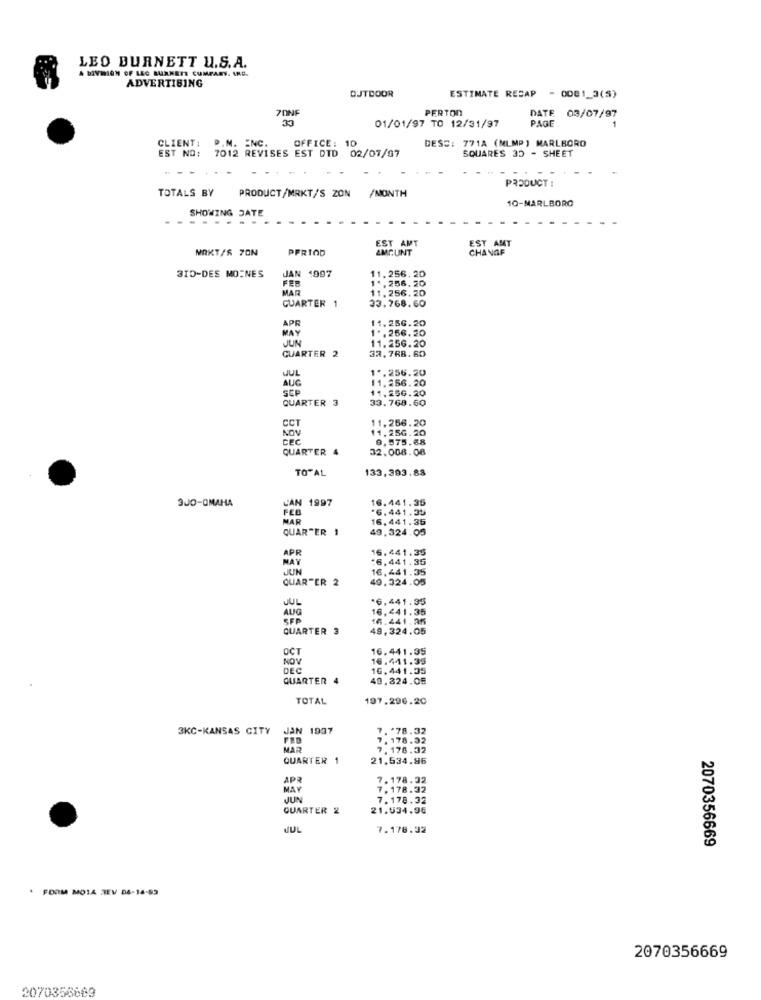
LEO BURNETT U.S.A.
A DIVISION OF LEG BURNETT CUMPARY. INC.
ADVERTISING
ESTIMATE RECAP
OUTDOOR
- 0081_3(5)
PONF
PERTON
33
01/01/97 TO 12/31/97
DATE 03/07/97
PAGE
DESS: 771A (MLMP ) MARLBORO
CLIENT: P.M. ENC.
EST NO:
7012 REVISES EST DID 02/07/97
OFFICE: 10
SQUARES 35 - SHEET
TOTALS BY
PRODUCT/MRKT/S ZON /MONTH
PRODUCT :
10-MARLBORO
SHOWING JATE
MRKT/S 7ON
PERIOD
AMOUNT
EST AMT
CHANAF
315-DES MOINES
JAN 1997
FEB
11.256.20
11.256.20
MAR
11.256.20
GUARTER 1
33.768.60
APR
11.286.20
MAY
1 .. 256.20
JUN
11.256.20
QUARTER 2
32.788. 80
JUL
1 *. 256.20
AUG
11.256.20
SEP
11.256.20
QUARTER 3
33.768.60
CCT
11,256.20
NON
11.256.20
CEC
9.575.68
QUARTER 4
32.008.08
TOTAL
133,393.83
3JO-OMAHA
L'AN 1997
16.441.35
FEB
*6.441.33
MAR
16,441.36
QUAR"ER 1
49,324.05
16.441.35
MAY
APR
:6,441.35
JUN
16,441.35
QUARTER 2
49.324.05
JUL
*6,441.35
AUG
16,441.35
SFP
16.441.25
QUARTER 3
49.324.05
16.441.35
NOV
16.411.35
DEC
16. 441.35
QUARTER 4
49.824.05
TOTAL
197.296.20
3KC-KANSAS CITY
JAN 1997
. * 78.32
. 178.32
MAR
. 178.32
QUARTER 1
21.534.96
APR
7.178.32
MAY
7.178.32
JUN
7. 178.32
QUARTER 2
21.534.96
JUL
7.178.32
2070356669
. FOOM MOIA EV D6-14-83
2070356669
2070356683